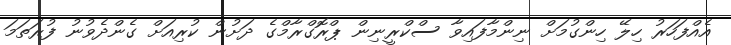
އެއްފަހަރު ހިލޭ ހިންގުމަށް ނިންމާފައިވާ ސްކްރީނިން ޕްރޮގްރާމްގެ ދަށުން ކުރިއަށް ގެންދެވުނު ފުރަތަމަ